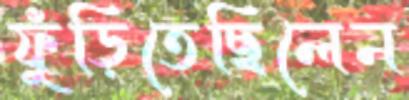
ফুঁড়িতেছিলেন